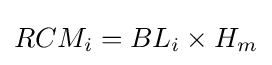
{RCM_{i}}={BL_{i}}\times {H_{m}}